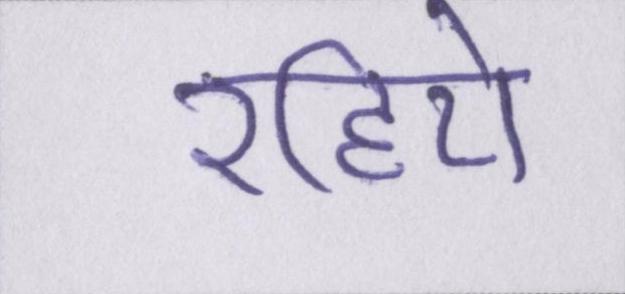
रहिये